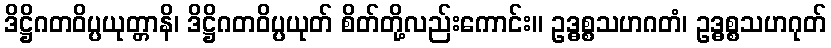
ဒိဋ္ဌိဂတဝိပ္ပယုတ္တာနိ၊ ဒိဋ္ဌိဂတဝိပ္ပယုတ် စိတ်တို့လည်းကောင်း။ ဥဒ္ဓစ္စသဟဂတံ၊ ဥဒ္ဓစ္စသဟဂုတ်